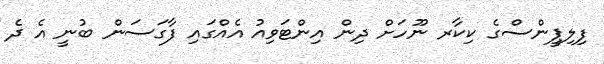
ފިލިޕީންސްގެ ކިކާރ ނޫހަށް ދިން އިންޓަވިއު އެއްގައި ފާގަސަން ބުނީ އެ ދެ